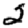
Digit: 2